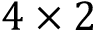
4 \times 2